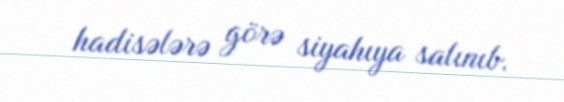
hadisələrə görə siyahıya salınıb.